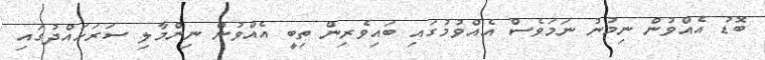
ބޮޑު އެއްވުން ނިމުނު ނަމަވެސް އެއްވުމުގައި ބައިވެރިން ތިބީ އެއްވުން ނިންމާލި ސަރަހައްދުގައި